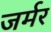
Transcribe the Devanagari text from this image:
जर्मर